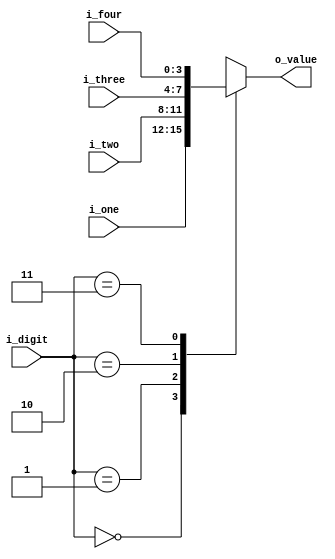
`timescale 1ns / 1ps
//////////////////////////////////////////////////////////////////////////////////
// Company: 
// Engineer: 
// 
// Design Name: 
// Module Name: mux_4x1
// Project Name: 
// Target Devices: 
// Tool Versions: 
// Description: 
// 
// Dependencies: 
// 
// Revision:
// Revision 0.01 - File Created
// Additional Comments:
// 
//////////////////////////////////////////////////////////////////////////////////


module mux_4x1(
    input [1:0] i_digit,
    input [3:0] i_four, i_three, i_two, i_one,
    output [3:0] o_value
    );

    reg [3:0] r_value;
    assign o_value = r_value;

    always @(i_digit) begin
        case (i_digit)
            2'b00 : r_value = i_one;
            2'b01 : r_value = i_two;
            2'b10 : r_value = i_three;
            2'b11 : r_value = i_four;
        endcase
    end
endmodule